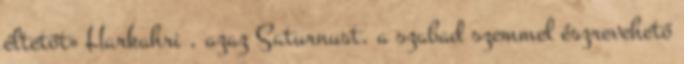
éltetőt» Harkahri , azaz Saturnust, a szabad szemmel észrevehető